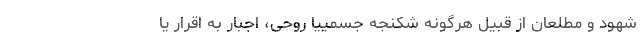
شهود و مطلعان از قبیل هرگونه شکنجه جسمییا روحی، اجبار به اقرار یا